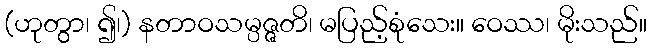
(ဟုတွာ၊ ၍၊) နတာဝသမ္ပဇ္ဇတိ၊ မပြည့်စုံသေး။ ဝေဿ၊ မိုးသည်။